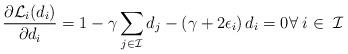
LaTeX: \begin{align*}\frac{\partial\mathcal{L}_i(d_i) }{\partial d_i} = 1 - \gamma \sum_{j \in \mathcal{I}}d_j -\left( \gamma+2\epsilon_i \right) d_i = 0 \forall\; i \in\; \mathcal{I} &\end{align*}